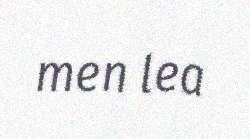
men lea